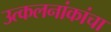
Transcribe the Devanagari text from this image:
उत्कलनांकांचा